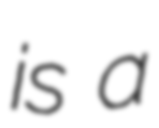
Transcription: is a